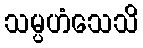
သမ္ပဟံသေသိ